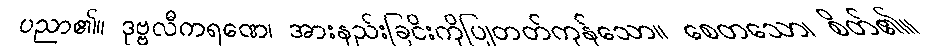
ပညာ၏။ ဒုဗ္ဗလီကရဏေ၊ အားနည်းခြငိးကိုပြုတတ်ကုန်သော။ စေတသော၊ စိတ်၏။